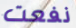
نفعت